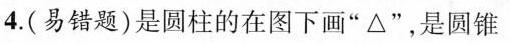
4.(易错题)是圆柱的在图下画”△”，是圆锥